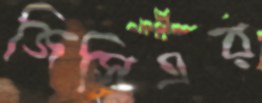
জিসিএর